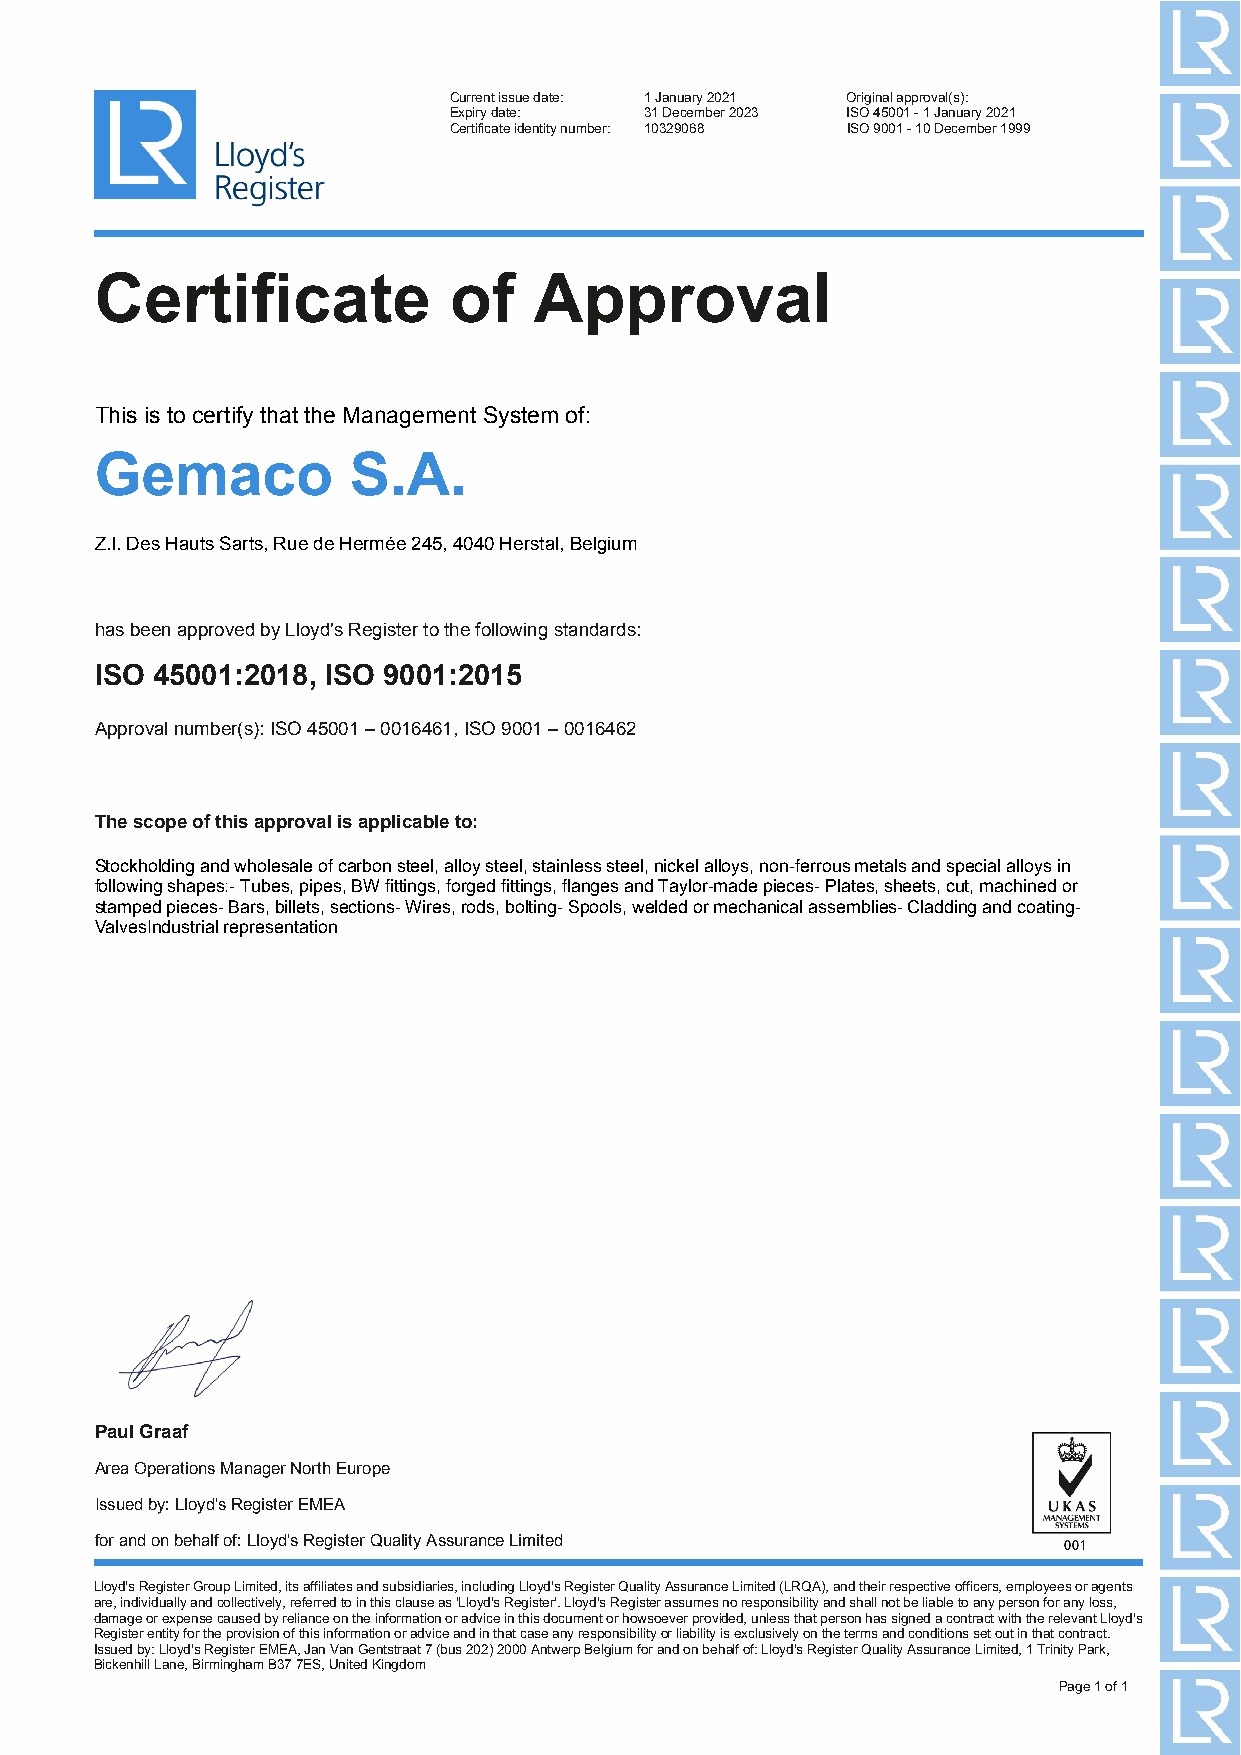
Current issue date: 1 January 2021 Original approval(s):
 Expiry date: 31 December 2023 ISO 45001 - 1 January 2021
 Certificate identity number: 10329068 ISO 9001 - 10 December 1999
 Certificate             of   Approval
 This is to certify that the Management System of:
 Gemaco           S.A.
 Z.I. Des Hauts Sarts, Rue de Hermée 245, 4040 Herstal, Belgium
 has been approved by Lloyd's Register to the following standards:
 ISO 45001:2018, ISO 9001:2015
 Approval number(s): ISO 45001 – 0016461, ISO 9001 – 0016462
 The scope of this approval is applicable to:
 Stockholding and wholesale of carbon steel, alloy steel, stainless steel, nickel alloys, non-ferrous metals and special alloys in
 following shapes:- Tubes, pipes, BW fittings, forged fittings, flanges and Taylor-made pieces- Plates, sheets, cut, machined or
 stamped pieces- Bars, billets, sections- Wires, rods, bolting- Spools, welded or mechanical assemblies- Cladding and coating-
 ValvesIndustrial representation
 Paul Graaf
 Area Operations Manager North Europe
 Issued by: Lloyd's Register EMEA
 for and on behalf of: Lloyd's Register Quality Assurance Limited
 Lloyd's Register Group Limited, its affiliates and subsidiaries, including Lloyd's Register Quality Assurance Limited (LRQA), and their respective officers, employees or agents
 are, individually and collectively, referred to in this clause as 'Lloyd's Register'. Lloyd's Register assumes no responsibility and shall not be liable to any person for any loss,
 damage or expense caused by reliance on the information or advice in this document or howsoever provided, unless that person has signed a contract with the relevant Lloyd's
 Register entity for the provision of this information or advice and in that case any responsibility or liability is exclusively on the terms and conditions set out in that contract.
 Issued by: Lloyd's Register EMEA, Jan Van Gentstraat 7 (bus 202) 2000 Antwerp Belgium for and on behalf of: Lloyd's Register Quality Assurance Limited, 1 Trinity Park,
 Bickenhill Lane, Birmingham B37 7ES, United Kingdom
 Page 1 of 1